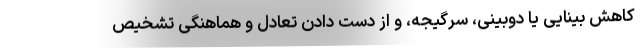
کاهش بینایی یا دوبینی، سرگیجه، و از دست دادن تعادل و هماهنگی تشخیص